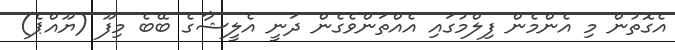
އެގޮތުން މި އެންމެން ފިލްމުގައި އެއްތަންވެގެން ދަނީ އެލީޝާގެ ބޭބެ މިފޫ (ޔޫއްޕެ)